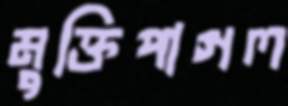
মুক্তিপাগল